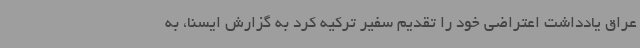
عراق یادداشت اعتراضی خود را تقدیم سفیر ترکیه کرد به گزارش ایسنا، به